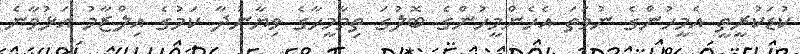
ކުޑަކުރީތީ އެމީހުންގެ ނުވަތަ އެހެންމީހުންގެ ބޮލުގަ ތިމާމީހާގެ ވިޔާނުދާ ކަމުގެ އިލްޒާމު އަޅުވާނެ